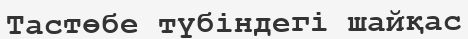
Тастөбе түбіндегі шайқас